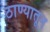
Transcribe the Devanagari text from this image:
ठाण्यातून